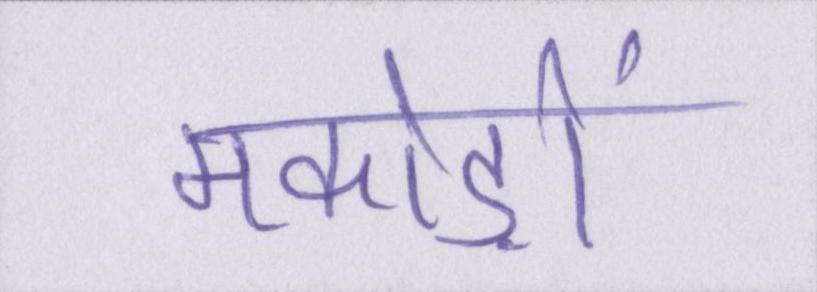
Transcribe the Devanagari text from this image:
मकोड़ों